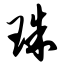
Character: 珠